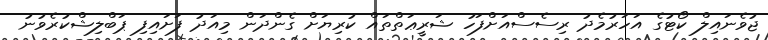
ޖުވެނައިލް ކޯޓުގެ އަހަރުމެދު ރިސެސްއަށްފަހު ޝަރީޢަތްތައް ކުރިޔަށް ގެންދަން މިއަދު ފަށައިފި ޕަބްލިޝްކުރެވުނު